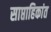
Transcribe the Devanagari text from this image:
साप्ताहिकांत